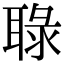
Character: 䎼